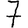
Digit: 7